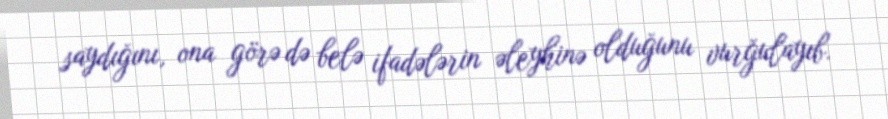
saydığını, ona görə də belə ifadələrin əleyhinə olduğunu vurğulayıb.